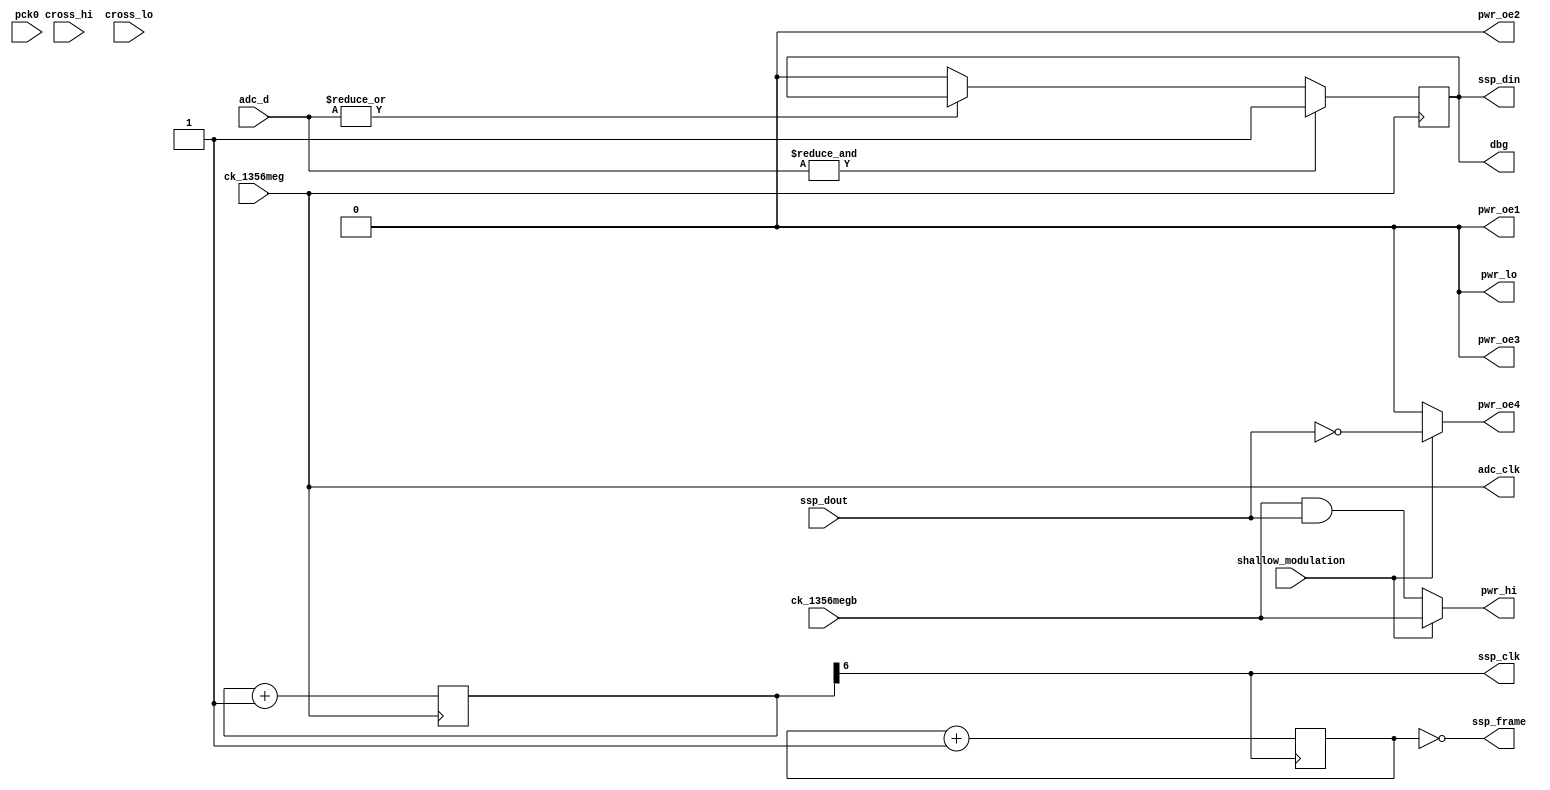
module hi_read_tx(
    pck0, ck_1356meg, ck_1356megb,
    pwr_lo, pwr_hi, pwr_oe1, pwr_oe2, pwr_oe3, pwr_oe4,
    adc_d, adc_clk,
    ssp_frame, ssp_din, ssp_dout, ssp_clk,
    cross_hi, cross_lo,
    dbg,
    shallow_modulation
);
    input pck0, ck_1356meg, ck_1356megb;
    output pwr_lo, pwr_hi, pwr_oe1, pwr_oe2, pwr_oe3, pwr_oe4;
    input [7:0] adc_d;
    output adc_clk;
    input ssp_dout;
    output ssp_frame, ssp_din, ssp_clk;
    input cross_hi, cross_lo;
    output dbg;
    input shallow_modulation;

// low frequency outputs, not relevant
assign pwr_lo = 1'b0;
assign pwr_oe2 = 1'b0;
	
// The high-frequency stuff. For now, for testing, just bring out the carrier,
// and allow the ARM to modulate it over the SSP.
reg pwr_hi;
reg pwr_oe1;
reg pwr_oe3;
reg pwr_oe4;

always @(ck_1356megb or ssp_dout or shallow_modulation)
begin
    if(shallow_modulation)
    begin
        pwr_hi <= ck_1356megb;
        pwr_oe1 <= 1'b0;
        pwr_oe3 <= 1'b0;
        pwr_oe4 <= ~ssp_dout;
    end
    else
    begin
        pwr_hi <= ck_1356megb & ssp_dout;
        pwr_oe1 <= 1'b0;
        pwr_oe3 <= 1'b0;
        pwr_oe4 <= 1'b0;
    end
end


// Then just divide the 13.56 MHz clock down to produce appropriate clocks
// for the synchronous serial port.

reg [6:0] hi_div_by_128;

always @(posedge ck_1356meg)
    hi_div_by_128 <= hi_div_by_128 + 1;

assign ssp_clk = hi_div_by_128[6];

reg [2:0] hi_byte_div;

always @(negedge ssp_clk)
    hi_byte_div <= hi_byte_div + 1;

assign ssp_frame = (hi_byte_div == 3'b000);

// Implement a hysteresis to give out the received signal on
// ssp_din. Sample at fc.
assign adc_clk = ck_1356meg;

// ADC data appears on the rising edge, so sample it on the falling edge
reg after_hysteresis;
always @(negedge adc_clk)
begin
    if(& adc_d[7:0]) after_hysteresis <= 1'b1;
    else if(~(| adc_d[7:0])) after_hysteresis <= 1'b0;
end


assign ssp_din = after_hysteresis;

assign dbg = ssp_din;

endmodule